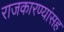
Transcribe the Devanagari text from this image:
राजकारण्यांसह